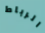
الرباط